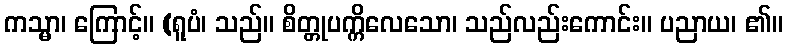
ကသ္မာ၊ ကြောင့်။ (ရူပံ၊ သည်။ စိတ္တုပက္ကိလေသော၊ သည်လည်းကောင်း။ ပညာယ၊ ၏။